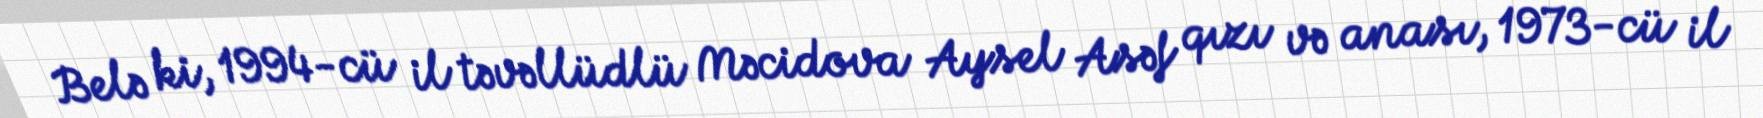
Belə ki, 1994-cü il təvəllüdlü Məcidova Aysel Asəf qızı və anası, 1973-cü il